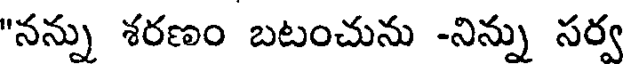
"నన్ను శరణం బటంచును -నిన్ను సర్వ